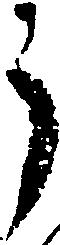
う